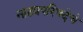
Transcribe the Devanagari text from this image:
नाट्यपरिषदेचे